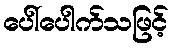
ပေါ်ပေါက်သဖြင့်